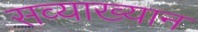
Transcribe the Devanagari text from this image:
सव्याख्यान